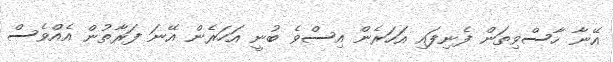
އޭނާ ހާސްވިތަން ފެނިފައި އަހަރެން އިސްވެ ބުނީ އަހަރެން އޭނަ ފަރާތުން އެއްވެސް